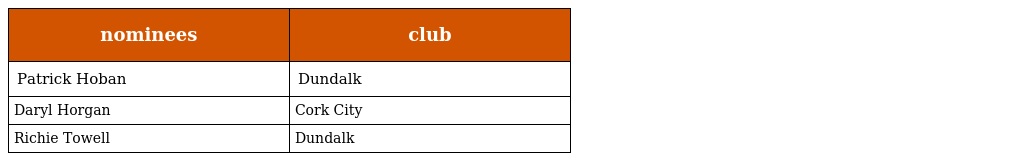
| nominees | club |
 | --- | --- |
 | Patrick Hoban | Dundalk |
 | Daryl Horgan | Cork City |
 | Richie Towell | Dundalk |